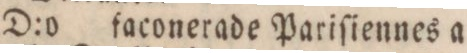
” ” D:o D:o faconerade Pariſiennes a